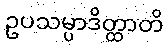
ဥပသမ္ပာဒိတ္ထာတိ